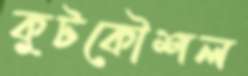
কুটকৌশল